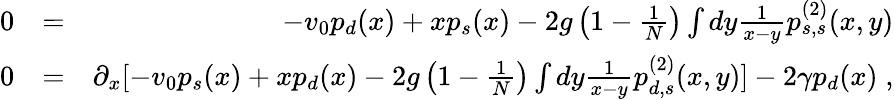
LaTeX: \begin{array}{rlr}{0}&{=}&{-v_{0}p_{d}(x)+xp_{s}(x)-2g\left(1-\frac{1}{N}\right)\int dy\frac{1}{x-y}p_{s,s}^{(2)}(x,y)}\\ {0}&{=}&{\partial_{x}[-v_{0}p_{s}(x)+xp_{d}(x)-2g\left(1-\frac{1}{N}\right)\int dy\frac{1}{x-y}p_{d,s}^{(2)}(x,y)]-2\gamma p_{d}(x)\; ,}\end{array}